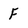
Character: F